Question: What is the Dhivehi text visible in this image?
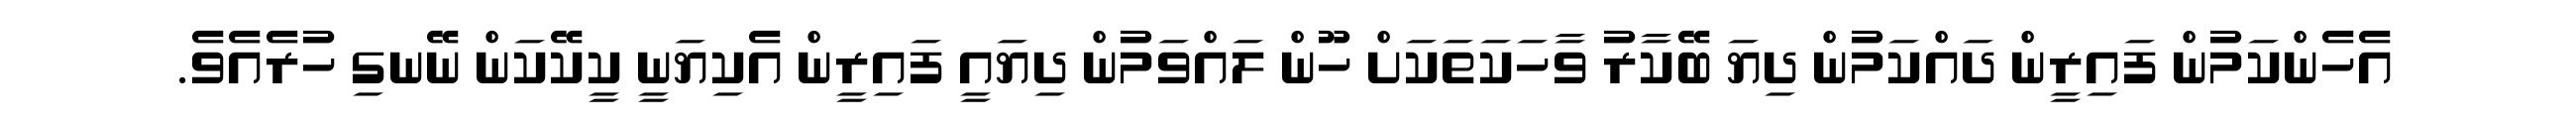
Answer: އެހެންކަމުން ފައިރީން ދައްކަމުން ދިޔަ ބޭކާރު ވާހަކަތަކަށް ހޫން ލައްވަމުން ދިޔައީ ފައިރީން އެކިޔަނީ ކީކޭކަން ނޭނގި ހުރެއެވެ.